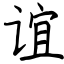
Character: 谊